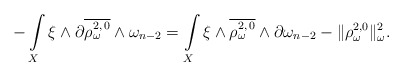
\begin{align*} -\int\limits_X \xi \wedge \partial\overline{\rho_\omega^{2,\,0}} \wedge \omega_{n-2}= \int\limits_X \xi \wedge \overline{\rho_\omega^{2,\,0}} \wedge \partial\omega_{n-2} - \Vert \rho_{\omega}^{2,0}\Vert^2 _{\omega}.\end{align*}